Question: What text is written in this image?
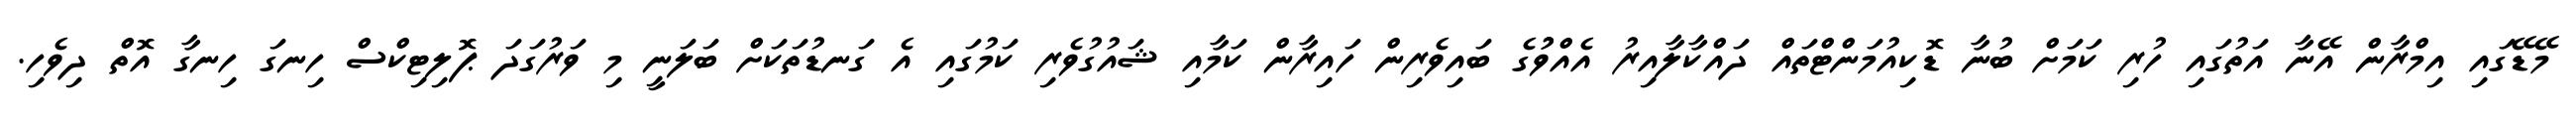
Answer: މޭޑޭގައި އިމްރާން އޭނާ އަތުގައި ހުރި ކަމަށް ބުނާ ޑޮކިއުމަންޓްތައް ދައްކާލާއިރު އެއްވުުގެ ބައިވެރިން ހައިރާން ކަމާއި ޝައުގުވެރި ކަމުގައި އެ ގަނޑުތަކަށް ބަލަނީ މި ވަރުގަދަ ޕޮލިޓިކްސް ހިނގަ ހިނގާ އޮތް ދިވެހި.